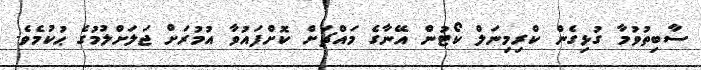
ސާބިތުވުމާ ގުޅިގެން ކްރިމިނަލް ކޯޓުން އޭނާގެ މައްޗަށް ކޮށްފައުވާ އުމުރަށް ޖަލަށްލުމުގެ ޙުކުމެވެ.